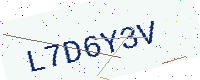
Text: L7D6Y3V